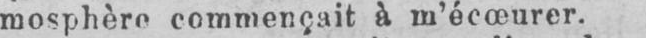
mosphère commençait à m’écœurer.